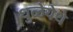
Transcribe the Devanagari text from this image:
धुळेयेथे